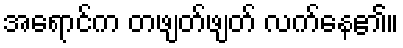
အရောင်က တဖျတ်ဖျတ် လက်နေ၏။